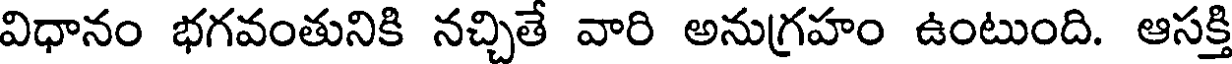
విధానం భగవంతునికి నచ్చితే వారి అనుగ్రహం ఉంటుంది. ఆసక్తి